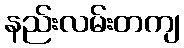
နည်းလမ်းတကျ